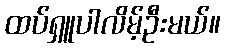
ထပ်ရှူပါလိမ့်ဦးမယ်။